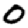
Digit: 0